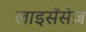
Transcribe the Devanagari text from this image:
लाइसेंसेज़